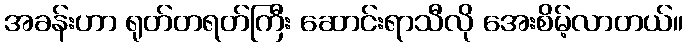
အခန်းဟာ ရုတ်တရတ်ကြီး ဆောင်းရာသီလို အေးစိမ့်လာတယ်။